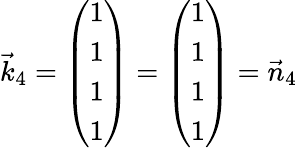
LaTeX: \vec{k}_{4}=\left(\begin{array}{r}{1}\\ {1}\\ {1}\\ {1}\end{array}\right)=\left(\begin{array}{r}{1}\\ {1}\\ {1}\\ {1}\end{array}\right)=\vec{n}_{4}